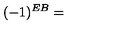
( - 1 ) ^ { E B } =